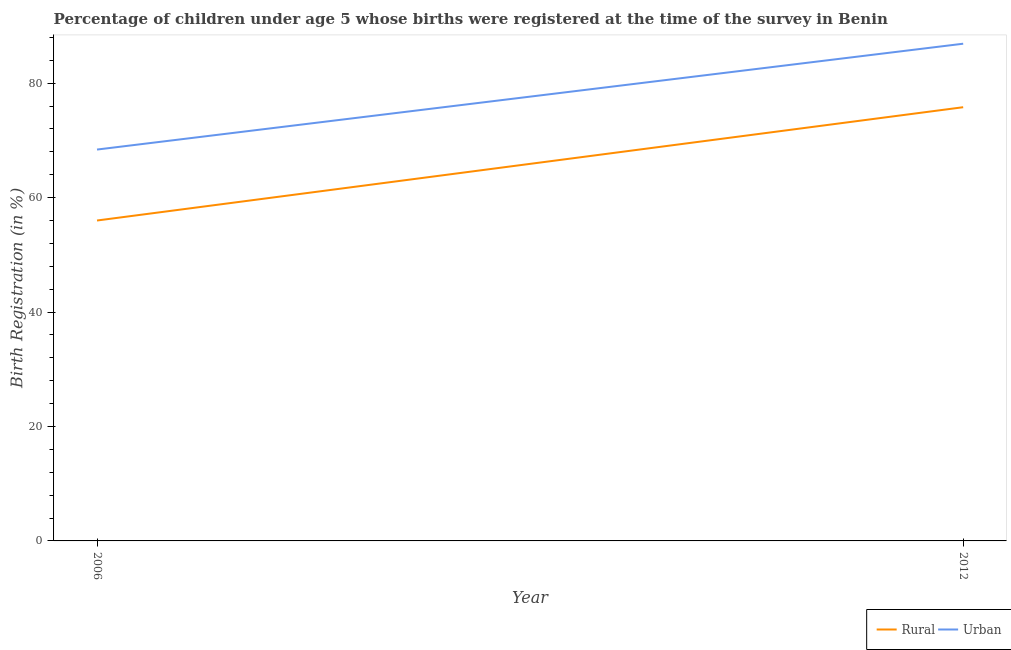
| Year | Rural | Urban |
 | --- | --- | --- |
 | 2006 | 56 | 68.4 |
 | 2012 | 75.8 | 86.9 |